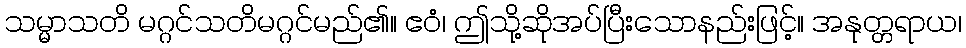
သမ္မာသတိ မဂ္ဂင်သတိမဂ္ဂင်မည်၏။ ဧဝံ၊ ဤသို့ဆိုအပ်ပြီးသောနည်းဖြင့်။ အနုတ္တရာယ၊